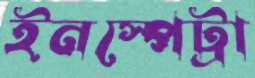
ইনস্পেট্রা